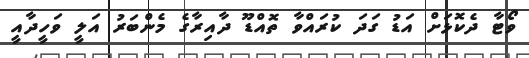
ވޯޓާ ދެކޮޅަށް އަޑު ގަދަ ކުރައްވާ ތޮއްޑޫ ދާއިރާގެ މެންބަރު އަލީ ވަހީދާއީ